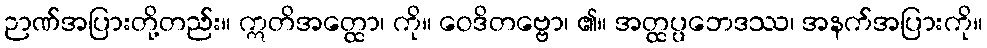
ဉာဏ်အပြားတို့တည်း။ ဣတိအတ္ထော၊ ကို။ ဝေဒိတဗ္ဗော၊ ၏။ အတ္ထပ္ပဘေဒဿ၊ အနက်အပြားကို။